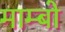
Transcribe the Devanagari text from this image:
माम्बो